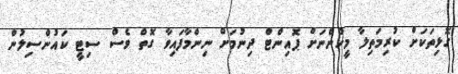
ގޮޅިތަކަށް ކުރިމަތިލާ މީހުންނަށް ޕޮއިންޓް ދިނުމަށް ނިންމާފައިވާ ގޮތް ވެސް ސިޓީ ކައުންސިލުން